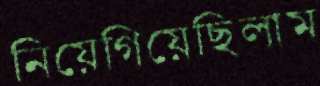
নিয়েগিয়েছিলাম